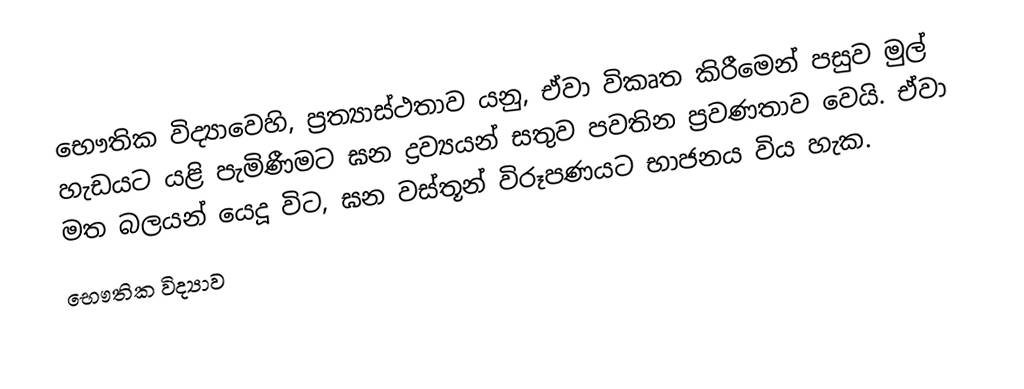
භෞතික විද්‍යාවෙහි, ප්‍රත්‍යාස්ථතාව  යනු,  ඒවා විකෘත කිරීමෙන් පසුව මුල් හැඩයට යළි පැමිණීමට ඝන ද්‍රව්‍යයන් සතුව පවතින ප්‍රවණතාව වෙයි. ඒවා මත බලයන් යෙදූ විට, ඝන වස්තූන් විරූපණයට භාජනය විය හැක.
භෞතික විද්‍යාව